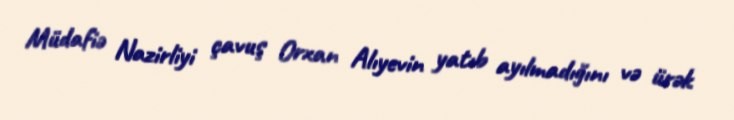
Müdafiə Nazirliyi çavuş Orxan Alıyevin yatıb ayılmadığını və ürək